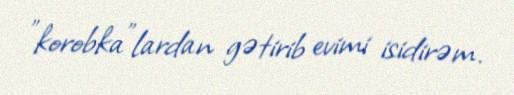
"korobka"lardan gətirib evimi isidirəm.